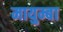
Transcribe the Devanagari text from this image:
मायुम्बा